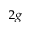
_ { 2 g }